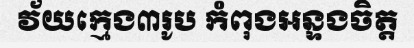
វ័យក្មេង៣រូប កំពុងអន្ទងចិត្ត